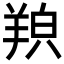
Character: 𦎊